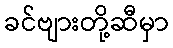
ခင်ဗျားတို့ဆီမှာ